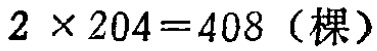
\(2\times204 = 408 \text{（棵）}\)